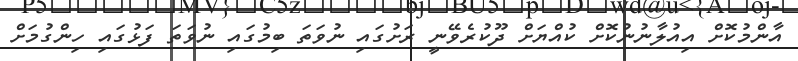
އާންމުކޮށް އިއުލާނުނުކޮށް ކުއްޔަށް ދޫކުރެވޭނީ ރަށުގައި ނުވަތަ ބިމުގައި ނުވަތަ ފަޅުގައި ހިންގުމަށް